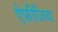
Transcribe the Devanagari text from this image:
ऐफ़ीज़िया